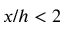
x / h < 2